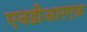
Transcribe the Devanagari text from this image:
एनडीआरएफ़